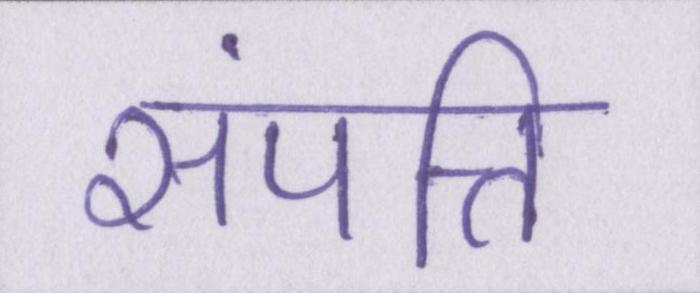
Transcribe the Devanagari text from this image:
संपत्ति